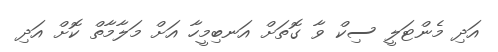
އަދި މެންޓަލީ ސިކް ވާ ގޮތަށް އަނބިމީހާ އަށް މަލާމާތް ކޮށް އަދި